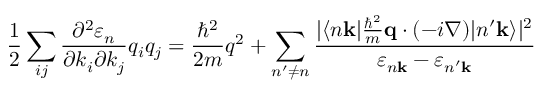
{ \frac { 1 } { 2 } } \sum _ { i j } { \frac { \partial ^ { 2 } \varepsilon _ { n } } { \partial k _ { i } \partial k _ { j } } } q _ { i } q _ { j } = { \frac { \hbar ^ { 2 } } { 2 m } } q ^ { 2 } + \sum _ { n ^ { \prime } \neq n } { \frac { | \langle n \mathbf { k } | { \frac { \hbar ^ { 2 } } { m } } \mathbf { q } \cdot ( - i \nabla ) | n ^ { \prime } \mathbf { k } \rangle | ^ { 2 } } { \varepsilon _ { n \mathbf { k } } - \varepsilon _ { n ^ { \prime } \mathbf { k } } } }